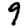
Digit: 9